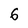
Character: 6